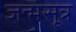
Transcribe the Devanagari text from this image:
जन्मसूत्र